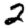
Digit: 2